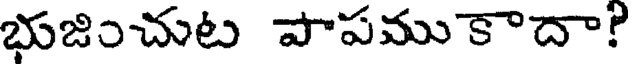
భుజించుట పాపముకాదా?